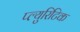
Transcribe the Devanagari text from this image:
प्ल्युरिटिक